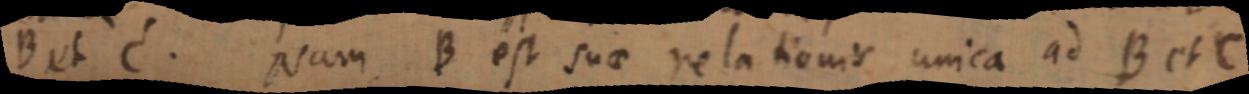
B et C. Nam B est suae relationis unica ad B et C